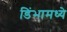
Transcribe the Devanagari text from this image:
डिंभामध्ये